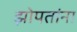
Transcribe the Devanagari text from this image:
झोपतांना